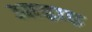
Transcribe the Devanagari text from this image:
आहाड़